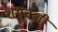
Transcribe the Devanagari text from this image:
शंगुवंशी